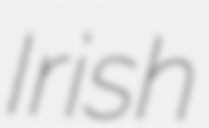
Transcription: Irish